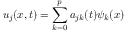
u _ { j } ( x , t ) = \sum _ { k = 0 } ^ { p } a _ { j k } ( t ) \psi _ { k } ( x )